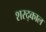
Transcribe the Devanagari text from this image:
शरद्काल